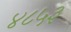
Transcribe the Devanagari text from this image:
४८५३